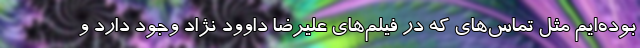
بوده‌ایم مثل تماس‌های که در فیلم‌های علیرضا داوود نژاد وجود دارد و